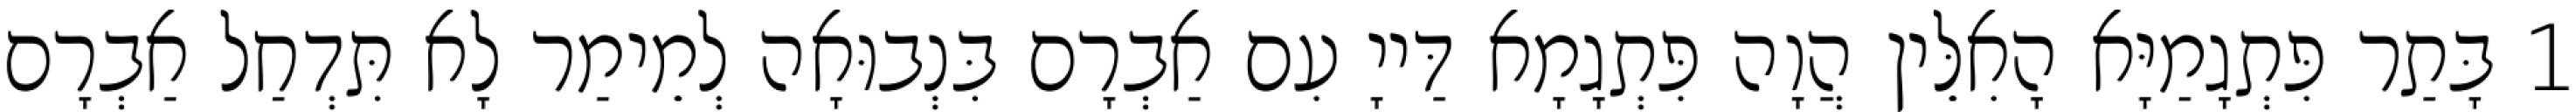
1 בָּתַר פִּתְגָמַיָּא הָאִלֵּין הֲוָה פִּתְגָמָא דַּייָ עִם אַבְרָם בִּנְבוּאָה לְמֵימַר לָא תִּדְחַל אַבְרָם